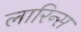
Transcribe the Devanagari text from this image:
लारिन्स